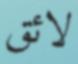
لائق